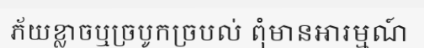
ភ័យខ្លាចឬច្របូកច្របល់ ពុំមានអារម្មណ៍